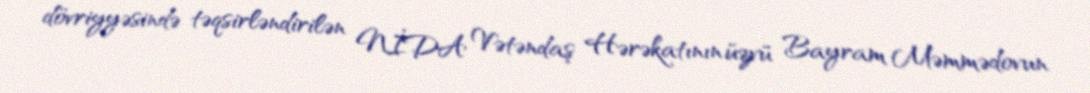
dövriyyəsində təqsirləndirilən NİDA Vətəndaş Hərəkatının üzvü Bayram Məmmədovun